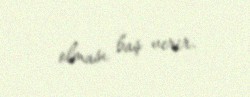
olması baş verir.